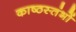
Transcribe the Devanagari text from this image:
काष्ठस्तंभों